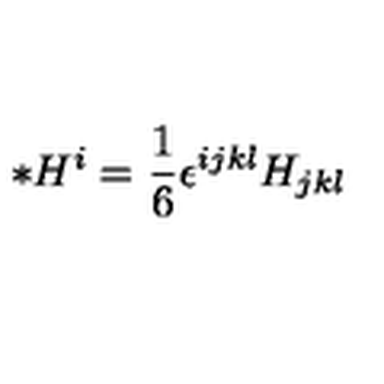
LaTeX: { \ast } H ^ { i } = \frac { 1 } { 6 } \epsilon ^ { i j k l } H _ { j k l }